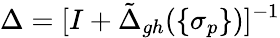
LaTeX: \Delta=[I+\tilde{\Delta}_{gh}(\{ \sigma_{p}\} )]^{-1}